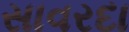
સાવરદા